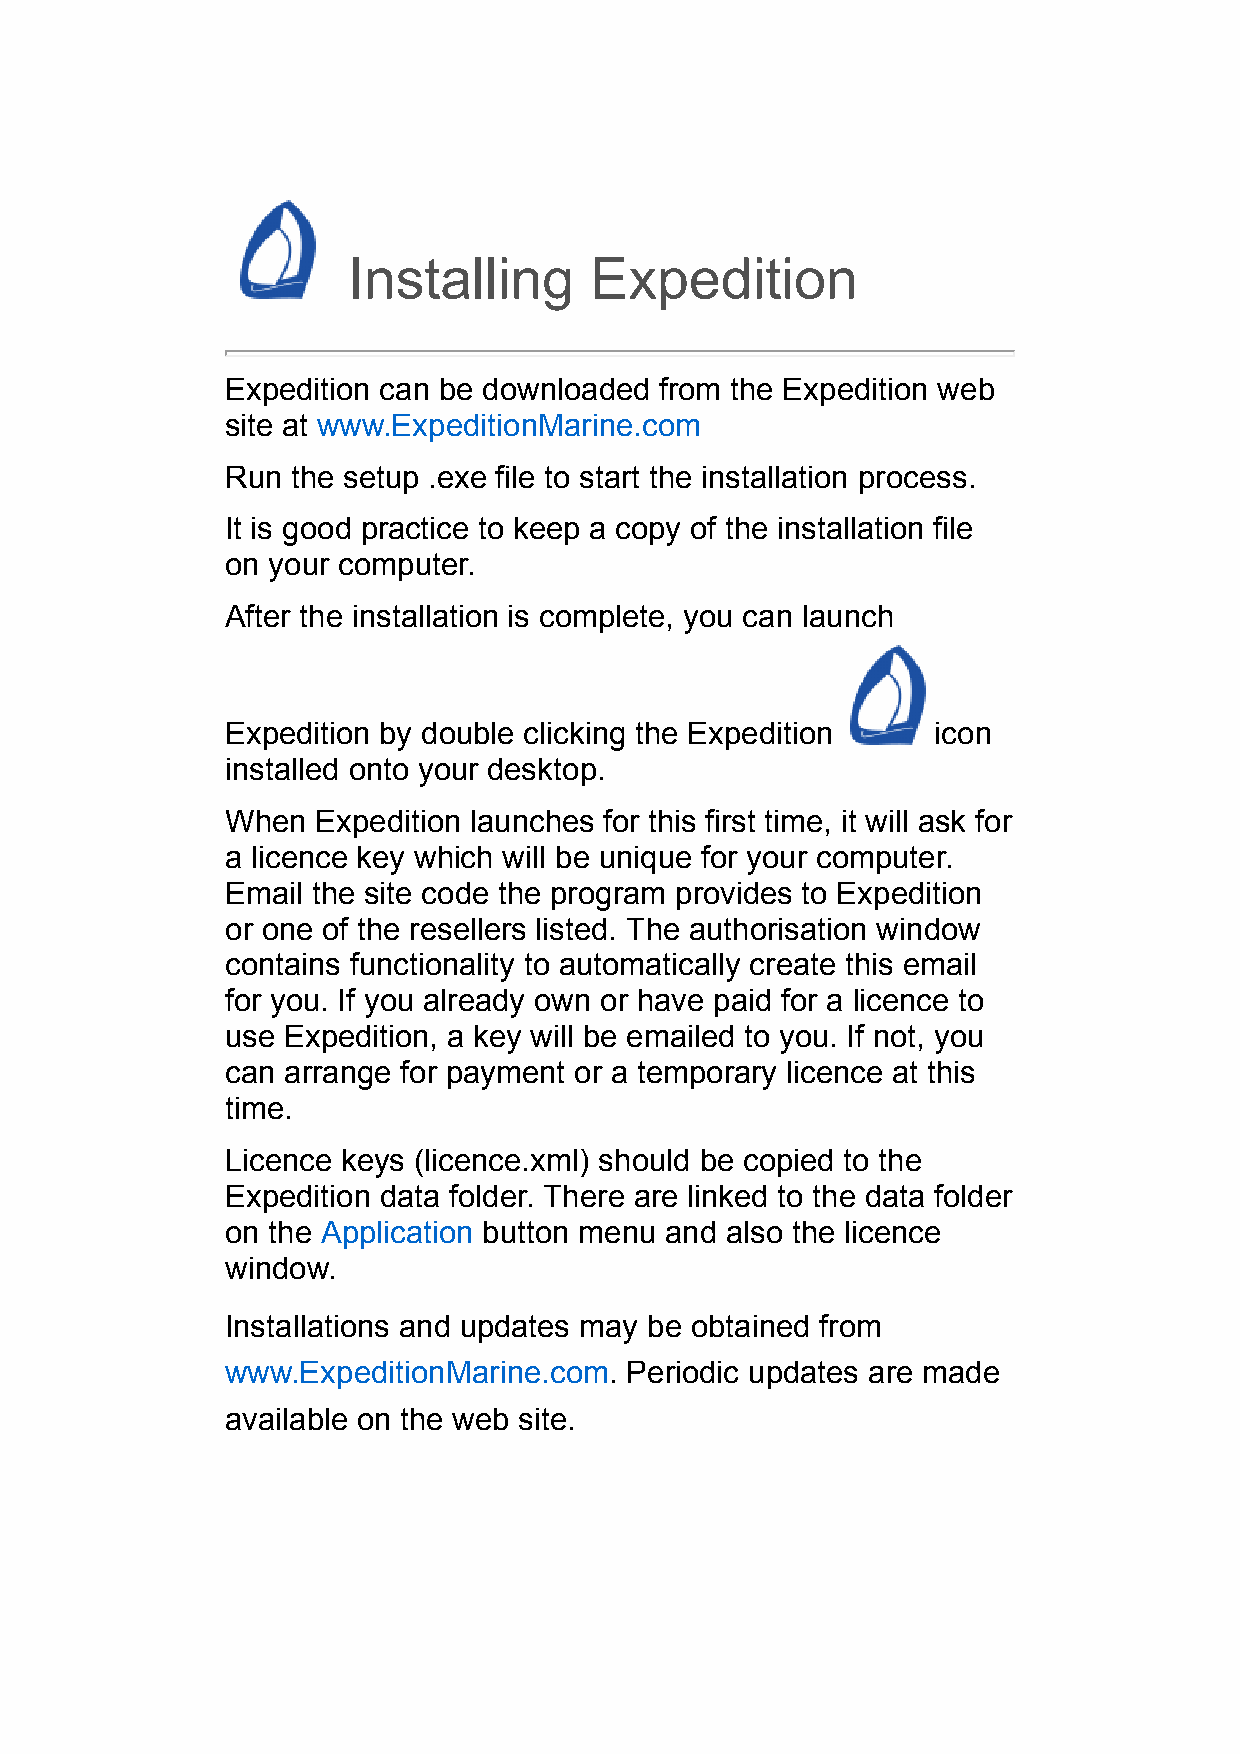
Installing      Expedition
 Expedition can be downloaded from the Expedition web
 site at www.ExpeditionMarine.com
 Run the setup .exe file to start the installation process.
 It is good practice to keep a copy of the installation file
 on your computer.
 After the installation is complete, you can launch
 Expedition by double clicking the Expedition   icon
 installed onto your desktop.
 When  Expedition launches for this first time, it will ask for
 a licence key which will be unique for your computer.
 Email the site code the program provides to Expedition
 or one of the resellers listed. The authorisation window
 contains functionality to automatically create this email
 for you. If you already own or have paid for a licence to
 use Expedition, a key will be emailed to you. If not, you
 can arrange for payment or a temporary licence at this
 time.
 Licence keys (licence.xml) should be copied to the
 Expedition data folder. There are linked to the data folder
 on the Application button menu and also the licence
 window.
 Installations and updates may be obtained from
 www.ExpeditionMarine.com. Periodic updates are made
 available on the web site.